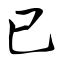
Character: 巳